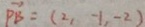
\overrightarrow { P B } = ( 2 , - 1 , - 2 )